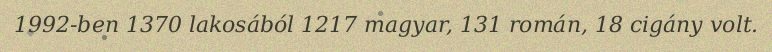
1992-ben 1370 lakosából 1217 magyar, 131 román, 18 cigány volt.